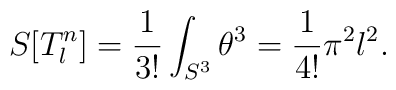
S[T^n_l] = \frac 1{3!}\int_{S^3} \theta^3 = \frac 1{4!} \pi^2 l^2.